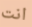
انت